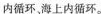
内循环、海上内循环。